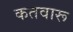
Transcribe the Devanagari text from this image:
कतवारू